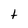
Character: t